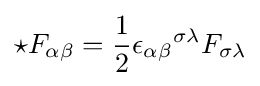
\star F_{\alpha \beta }={\frac {1}{2}}\epsilon _{\alpha \beta }{}^{\sigma \lambda }F_{\sigma \lambda }